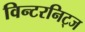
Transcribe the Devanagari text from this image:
विन्टरनिट्ज